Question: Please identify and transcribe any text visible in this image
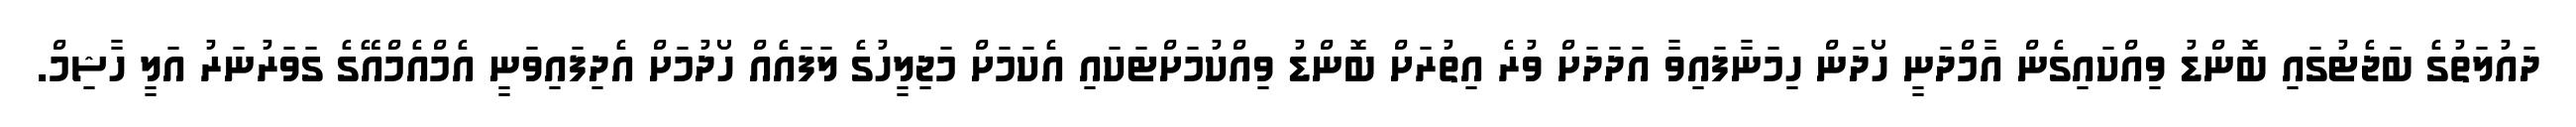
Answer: ދައުލަތުގެ ބަޖެޓުގައި ބޮންޑު ވިއްކައިގެން އާމްދަނީ ހޯދަން ހިމަނާފައިވާ އަދަދަށް ވުރެ އިތުރަށް ބޮންޑު ވިއްކުމަށްޓަކައި އެކަމަށް މަޖިލީހުގެ ލަފައެއް ހޯދުމަށް އެދިފައިވަނީ އެމްއެމްއޭގެ ގަވަރުނަރު އަލީ ހާޝިމް.